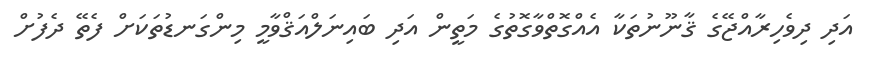
އަދި ދިވެހިރާއްޖޭގެ ޤާނޫނުތަކާ އެއްގޮތްވާގޮތުގެ މަތީން އަދި ބައިނަލްއަޤްވާމީ މިންގަނޑުތަކަށް ފެތޭ ދެފުށް